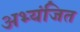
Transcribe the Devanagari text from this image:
अभ्यंजित